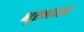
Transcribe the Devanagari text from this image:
भूतभावन